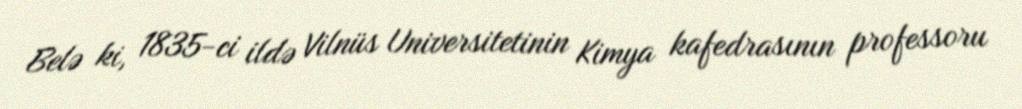
Belə ki, 1835-ci ildə Vilnüs Universitetinin Kimya kafedrasının professoru